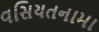
વસિયતનામા